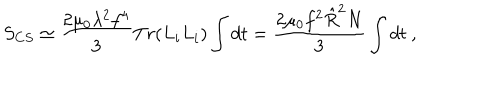
LaTeX: S _ { C S } \simeq \frac { 2 \mu _ { 0 } \lambda ^ { 2 } f ^ { 4 } } { 3 } T r ( L _ { i } L _ { i } ) \int d t = \frac { 2 \mu _ { 0 } f ^ { 2 } \hat { R } ^ { 2 } N } { 3 } \int d t \ ,